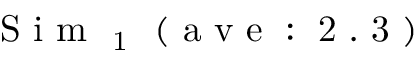
\mathrm { ~ S ~ i ~ m ~ } _ { \mathrm { ~ 1 ~ } } \mathrm { ~ ( ~ a ~ v ~ e ~ : ~ 2 ~ . ~ 3 ~ ) ~ }